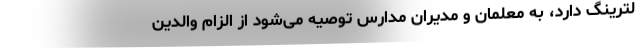
لترینگ دارد، به معلمان و مدیران مدارس توصیه می‌شود از الزام والدین